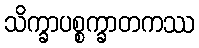
သိက္ခာပစ္စက္ခာတကဿ